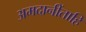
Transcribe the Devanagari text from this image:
अमदानींताहि